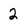
Character: 2